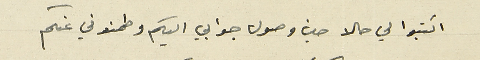
اكتبوا لي حالا حين وصول جوابي اليكم وطمنوني عنكم